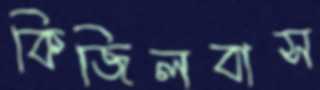
কিজিলবাস